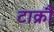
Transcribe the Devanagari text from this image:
टाक्रौ